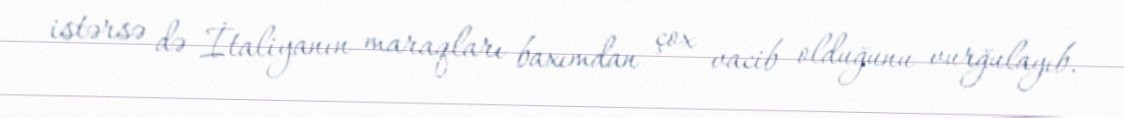
istərsə də İtaliyanın maraqları baxımdan çox vacib olduğunu vurğulayıb.